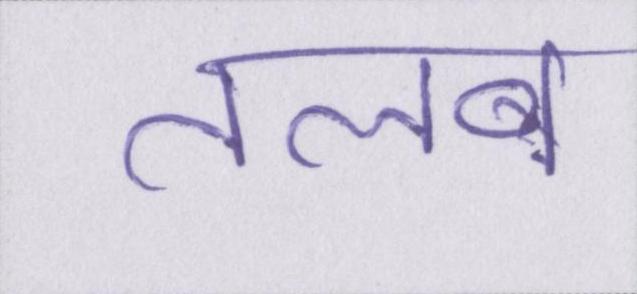
तलब